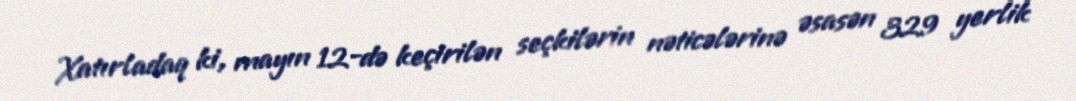
Xatırladaq ki, mayın 12-də keçirilən seçkilərin nəticələrinə əsasən 329 yerlik